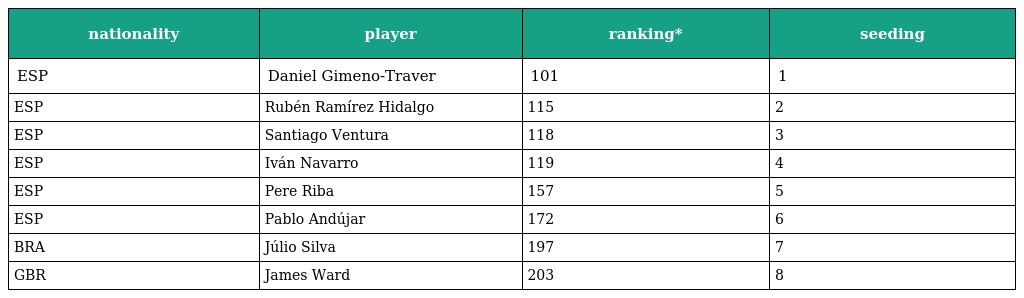
| nationality | player | ranking* | seeding |
 | --- | --- | --- | --- |
 | ESP | Daniel Gimeno-Traver | 101 | 1 |
 | ESP | Rubén Ramírez Hidalgo | 115 | 2 |
 | ESP | Santiago Ventura | 118 | 3 |
 | ESP | Iván Navarro | 119 | 4 |
 | ESP | Pere Riba | 157 | 5 |
 | ESP | Pablo Andújar | 172 | 6 |
 | BRA | Júlio Silva | 197 | 7 |
 | GBR | James Ward | 203 | 8 |